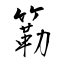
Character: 簕